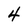
Character: 4